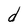
Character: d